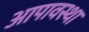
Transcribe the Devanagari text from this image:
आपावस्था